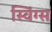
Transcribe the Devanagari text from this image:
स्विंग्स